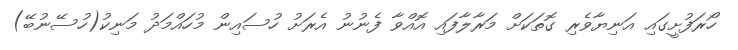
ހޯރަފުށީގައި އަނިޔާވެރި ގޮތަކަށް މަރާލާފައި އޮއްވާ ފެނުނު އެރަށު ހުސައިން މުހައްމަދު މަނިކު(ހުސޭނުބޭ)